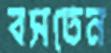
বসতেন